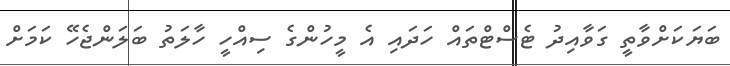
ބަޔަކަށްވާތީ ގަވާއިދު ޓެސްޓްތައް ހަދައި އެ މީހުންގެ ސިއްހީ ހާލަތު ބަލަންޖެހޭ ކަމަށް